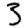
Digit: 3